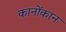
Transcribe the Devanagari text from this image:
कानोंकान